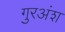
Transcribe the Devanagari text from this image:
गुरअंश